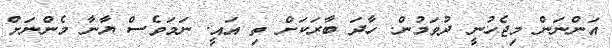
އަންނަން މިޖެހުުނީ ދުވަމުން. ހާދަ ބާރަކަށް ތި އައީ. ނަމަވެސް ޔާނާ މެންނަށް